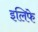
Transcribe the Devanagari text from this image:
इलिफे